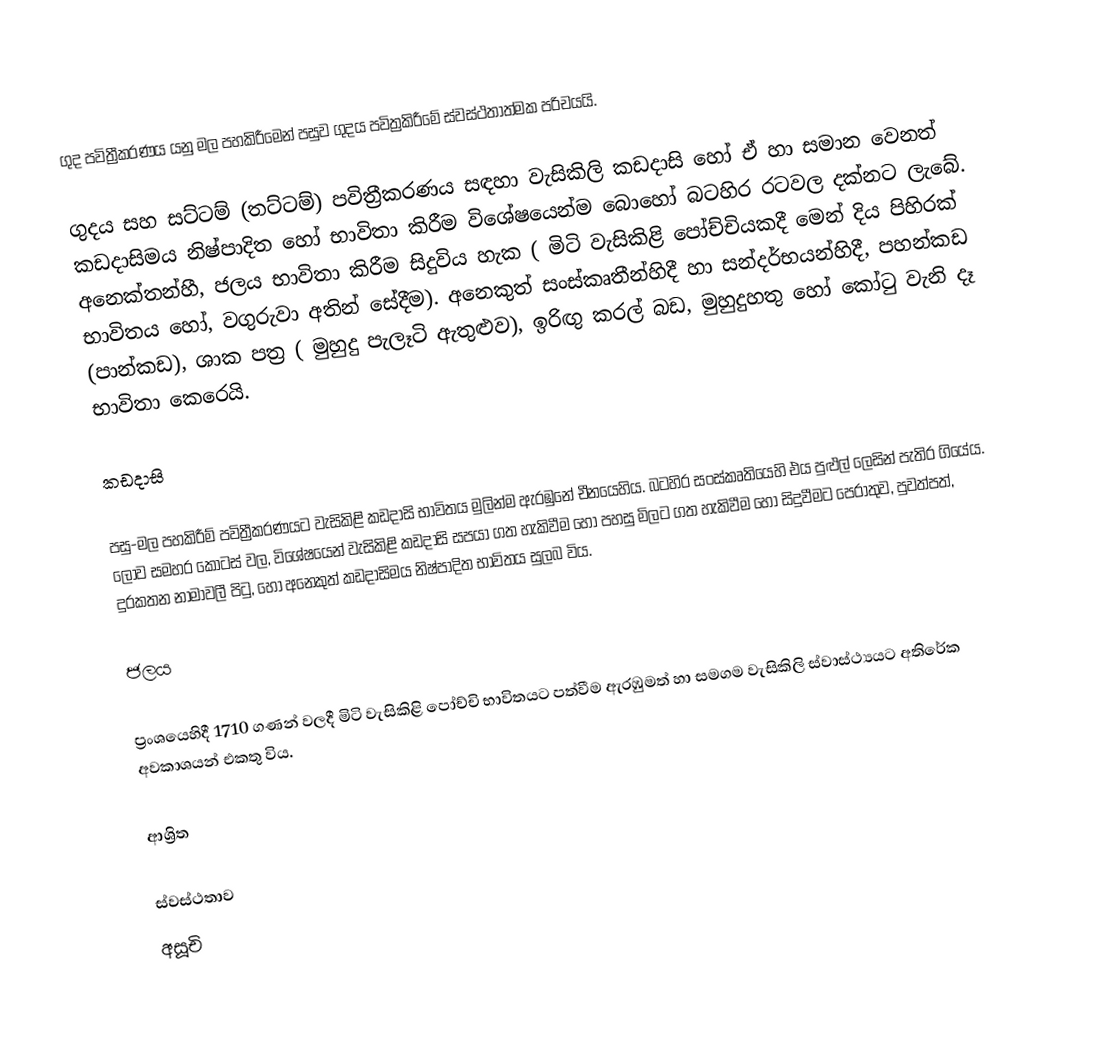
ගුද පවිත්‍රීකරණය යනු  මල පහකිරීමෙන් පසුව ගුදය පවිත්‍රකිරීමේ ස්වස්ථතාත්මක පරිචයයි.

ගුදය සහ  සට්ටම් (තට්ටම්)  පවිත්‍රීකරණය සඳහා වැසිකිලි කඩදාසි හෝ ඒ හා සමාන වෙනත් කඩදාසිමය නිෂ්පාදිත හෝ භාවිතා කිරීම විශේෂයෙන්ම බොහෝ බටහිර රටවල දක්නට ලැබේ. අනෙක්තන්හී, ජලය භාවිතා කිරීම සිදුවිය හැක ( මිටි වැසිකිළි පෝච්චියකදී මෙන් දිය පිහිරක් භාවිතය හෝ, වගුරුවා අතින් සේදීම). අනෙකුත් සංස්කෘතීන්හිදී හා සන්දර්භයන්හිදී, පහන්කඩ (පාන්කඩ), ශාක පත්‍ර ( මුහුදු පැලෑටි ඇතුළුව),   ඉරිඟු කරල් බඩ, මුහුදුහතු හෝ කෝටු වැනි දෑ භාවිතා කෙරෙයි.

කඩදාසි

පසු-මල පහකිරීම් පවිත්‍රීකරණයට වැසිකිළි කඩදාසි භාවිතය මුලින්ම ඇරඹුනේ චීනයෙහිය. බටහිර සංස්කෘතියෙහි එය පුළුල් ලෙසින් පැතිර ගියේය. ලොව සමහර කොටස් වල, විශේෂයෙන් වැසිකිළි කඩදාසි සපයා ගත හැකිවීම හෝ පහසු මිලට  ගත හැකිවීම හෝ සිදුවීමට පෙරාතුව, පුවත්පත්, දුරකතන නාමාවලී පිටු, හෝ අනෙකුත් කඩදාසිමය නිෂ්පාදිත භාවිතය සුලබ විය.

ජලය

ප්‍රංශයෙහිදී 1710 ගණන් වලදී  මිටි වැසිකිළි පෝච්චි  භාවිතයට පත්වීම ඇරඹුමත් හා සමගම වැසිකිලි ස්වාස්ථ්‍යයට අතිරේක අවකාශයන් එකතු විය.

ආශ්‍රිත

ස්වස්ථතාව
අසූචි